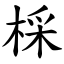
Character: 棌